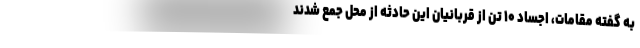
به گفته مقامات، اجساد ۱۰ تن از قربانیان این حادثه از محل جمع شدند